Indian journal of veterinary science and animal husbandry - Volume 5,
Year: 1935
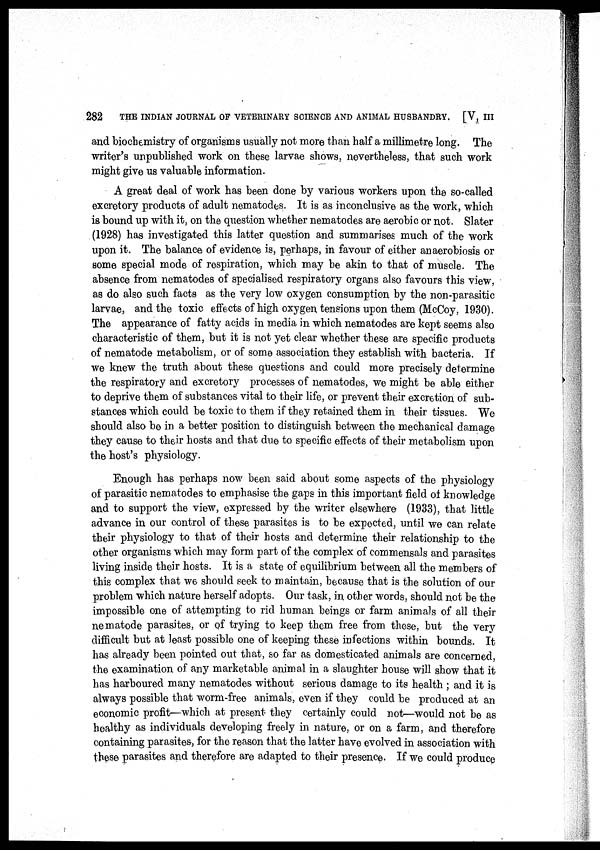
282
THE INDIAN JOURNAL OF VETERINARY SCIENCE AND ANIMAL HUSBANDRY. [V, III
and biochemistry of organisms usually not more than half a millimetre long. The
writer's unpublished work on these larvae shows, nevertheless, that such work
might give us valuable information.
A great deal of work has been done by various workers upon the so-called
excretory products of adult nematodes. It is as inconclusive as the work, which
is bound up with it, on the question whether nematodes are aerobic or not. Slater
(1928) has investigated this latter question and summarises much of the work
upon it. The balance of evidence is, perhaps, in favour of either anaerobiosis or
some special mode of respiration, which may be akin to that of muscle. The
absence from nematodes of specialised respiratory organs also favours this view,
as do also such facts as the very low oxygen consumption by the non-parasitic
larvae, and the toxic effects of high oxygen tensions upon them (McCoy, 1930).
The appearance of fatty acids in media in which nematodes are kept seems also
characteristic of them, but it is not yet clear whether these are specific products
of nematode metabolism, or of some association they establish with bacteria. If
we knew the truth about these questions and could more precisely determine
the respiratory and excretory processes of nematodes, we might be able either
to deprive them of substances vital to their life, or prevent their excretion of sub-
stances which could be toxic to them if they retained them in their tissues. We
should also be in a better position to distinguish between the mechanical damage
they cause to their hosts and that due to specific effects of their metabolism upon
the host's physiology.
Enough has perhaps now been said about some aspects of the physiology
of parasitic nematodes to emphasise the gaps in this important field of knowledge
and to support the view, expressed by the writer elsewhere (1933), that little
advance in our control of these parasites is to be expected, until we can relate
their physiology to that of their hosts and determine their relationship to the
other organisms which may form part of the complex of commensals and parasites
living inside their hosts. It is a state of equilibrium between all the members of
this complex that we should seek to maintain, because that is the solution of our
problem which nature herself adopts. Our task, in other words, should not be the
impossible one of attempting to rid human beings or farm animals of all their
nematode parasites, or of trying to keep them free from these, but the very
difficult but at least possible one of keeping these infections within bounds. It
has already been pointed out that, so far as domesticated animals are concerned,
the examination of any marketable animal in a slaughter house will show that it
has harboured many nematodes without serious damage to its health ; and it is
always possible that worm-free animals, even if they could be produced at an
economic profit—which at present they certainly could not—would not be as
healthy as individuals developing freely in nature, or on a farm, and therefore
containing parasites, for the reason that the latter have evolved in association with
these parasites and therefore are adapted to their presence. If we could produce